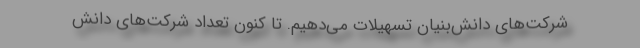
شرکت‌های دانش‌بنیان تسهیلات می‌دهیم. تا کنون تعداد شرکت‌های دانش‌